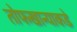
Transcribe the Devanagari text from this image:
तोफखान्याकडे